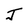
Character: J